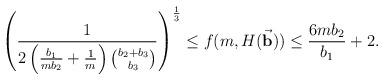
LaTeX: \begin{align*} \left(\frac{1}{2\left(\frac{b_1}{mb_2}+\frac 1m\right)\binom{b_{2}+b_3}{b_3}}\right)^{\frac 13}\le f(m,H(\vec{\bf b}))\le \frac{6mb_2}{b_1}+2.\end{align*}